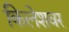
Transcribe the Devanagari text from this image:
किलेशवर